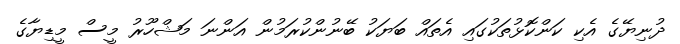
ދުނިޔޭގެ އެކި ކަންކޮޅުތަކުގައި އެތައް ބަޔަކު ބޭނުންކުރަމުން އަންނަ މަޝްހޫރު މީސް މީޑިޔާގެ